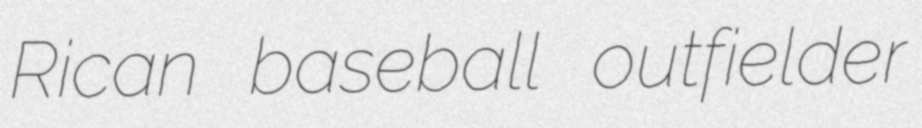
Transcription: Rican baseball outfielder